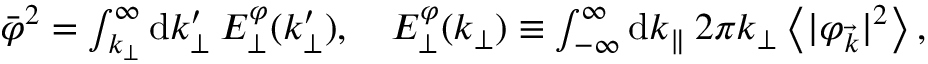
\begin{array} { r } { \bar { \varphi } ^ { 2 } = \int _ { k _ { \perp } } ^ { \infty } \mathrm { d } k _ { \perp } ^ { \prime } \: E _ { \perp } ^ { \varphi } ( k _ { \perp } ^ { \prime } ) , \quad E _ { \perp } ^ { \varphi } ( k _ { \perp } ) \equiv \int _ { - \infty } ^ { \infty } \mathrm { d } k _ { \parallel } \: 2 \pi k _ { \perp } \left< | \varphi _ { \vec { k } } | ^ { 2 } \right> , } \end{array}